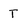
Character: T